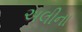
અલીના